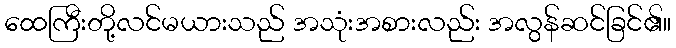
ထေကြီးတို့လင်မယားသည် အသုံးအစားလည်း အလွန်ဆင်ခြင်၏။